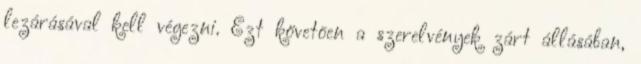
lezárásával kell végezni. Ezt követõen a szerelvények zárt állásában,